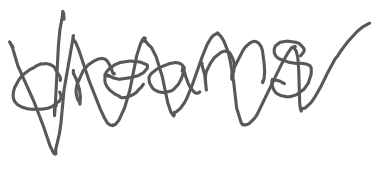
Text: dreams
Cross-out: zig-zag
Writing tool: digital_gray